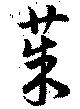
茱